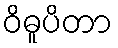
ဝိဓူပိတာ